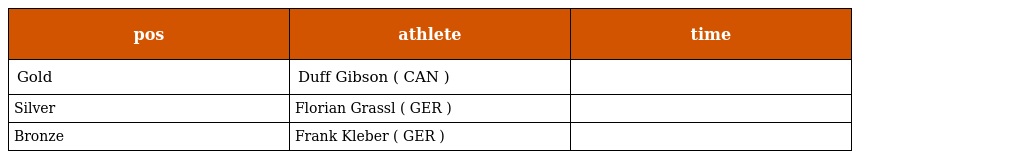
| pos | athlete | time |
 | --- | --- | --- |
 | Gold | Duff Gibson ( CAN ) |  |
 | Silver | Florian Grassl ( GER ) |  |
 | Bronze | Frank Kleber ( GER ) |  |